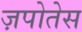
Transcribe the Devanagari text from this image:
ज़पोतेस